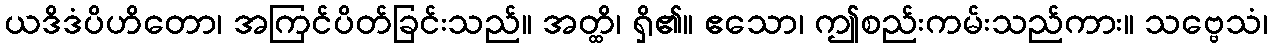
ယဒိဒံပိဟိတော၊ အကြင်ပိတ်ခြင်းသည်။ အတ္ထိ၊ ရှိ၏။ ဧသော၊ ဤစည်းကမ်းသည်ကား။ သဗ္ဗေသံ၊